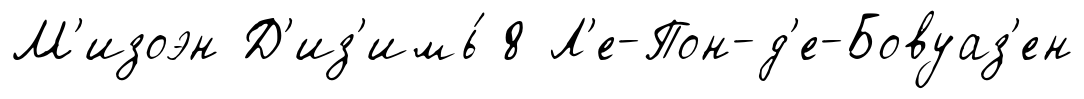
М'изоэн Д'из'имь́ 8 Л'е-Пон-д'е-Бовуаз'ен